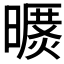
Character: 𣊥